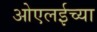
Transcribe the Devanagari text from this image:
ओएलईच्या